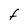
Character: f